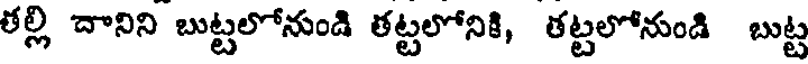
తల్లి దానిని బుట్టలోనుండి తట్టలోనికి, తట్టలోనుండి బుట్ట